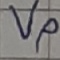
Text: Vp